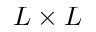
L \times L